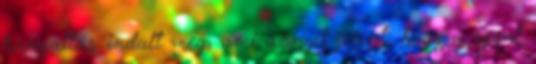
hanyatlás indult meg, ami annyit jelent, hogy a sport